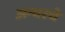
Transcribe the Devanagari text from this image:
अन्वरचे